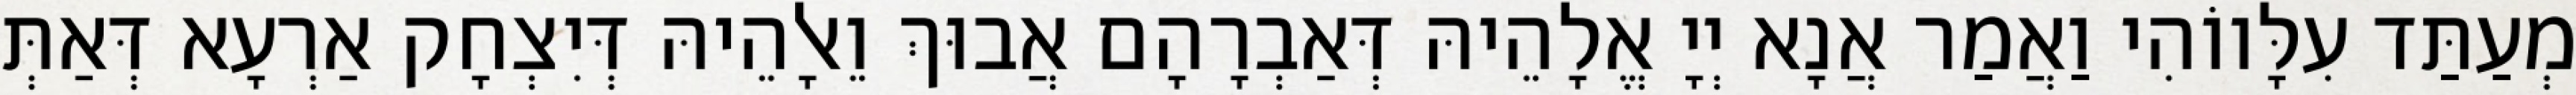
מְעַתַּד עִלָּווֹהִי וַאֲמַר אֲנָא יְיָ אֱלָהֵיהּ דְּאַבְרָהָם אֲבוּךְ וֵאלָהֵיהּ דְּיִצְחָק אַרְעָא דְּאַתְּ